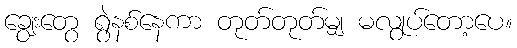
ချွေးတွေ ရွဲနစ်နေကာ တုတ်တုတ်မျှ မလွုပ်တော့ပေ။